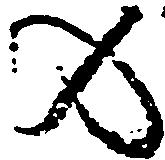
の